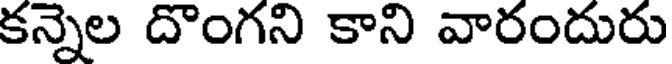
కన్నెల దొంగని కాని వారందురు